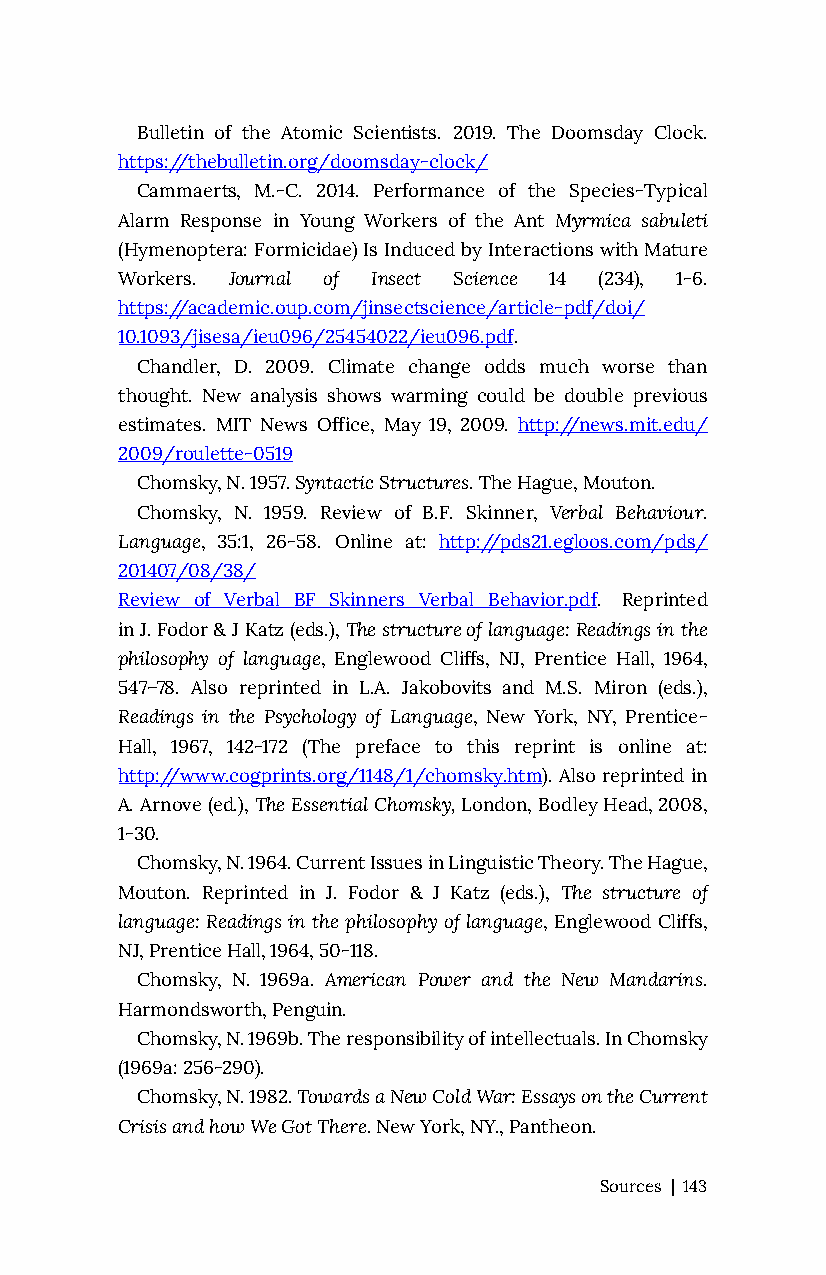
Bulletin of the Atomic Scientists. 2019. The Doomsday Clock.
 https://thebulletin.org/doomsday-clock/
 Cammaerts, M.-C. 2014. Performance of the Species-Typical
 Alarm Response in Young Workers of the Ant Myrmica sabuleti
 (Hymenoptera: Formicidae) Is Induced by Interactions with Mature
 Workers. Journal of Insect Science 14 (234), 1-6.
 https://academic.oup.com/jinsectscience/article-pdf/doi/
 10.1093/jisesa/ieu096/25454022/ieu096.pdf.
 Chandler, D. 2009. Climate change odds much worse than
 thought. New analysis shows warming could be double previous
 estimates. MIT News Office, May 19, 2009. http://news.mit.edu/
 2009/roulette-0519
 Chomsky, N. 1957. Syntactic Structures. The Hague, Mouton.
 Chomsky, N. 1959. Review of B.F. Skinner, Verbal Behaviour.
 Language, 35:1, 26-58. Online at: http://pds21.egloos.com/pds/
 201407/08/38/
 Review_of_Verbal_BF_Skinners_Verbal_Behavior.pdf. Reprinted
 in J. Fodor & J Katz (eds.), The structure of language: Readings in the
 philosophy of language, Englewood Cliffs, NJ, Prentice Hall, 1964,
 547–78. Also reprinted in L.A. Jakobovits and M.S. Miron (eds.),
 Readings in the Psychology of Language, New York, NY, Prentice-
 Hall, 1967, 142-172 (The preface to this reprint is online at:
 http://www.cogprints.org/1148/1/chomsky.htm). Also reprinted in
 A. Arnove (ed.), The Essential Chomsky, London, Bodley Head, 2008,
 1-30.
 Chomsky, N. 1964. Current Issues in Linguistic Theory. The Hague,
 Mouton. Reprinted in J. Fodor & J Katz (eds.), The structure of
 language: Readings in the philosophy of language, Englewood Cliffs,
 NJ, Prentice Hall, 1964, 50-118.
 Chomsky, N. 1969a. American Power and the New Mandarins.
 Harmondsworth, Penguin.
 Chomsky, N. 1969b. The responsibility of intellectuals. In Chomsky
 (1969a: 256-290).
 Chomsky, N. 1982. Towards a New Cold War: Essays on the Current
 Crisis and how We Got There. New York, NY., Pantheon.
 Sources | 143